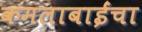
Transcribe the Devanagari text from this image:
कमलाबाईंचा